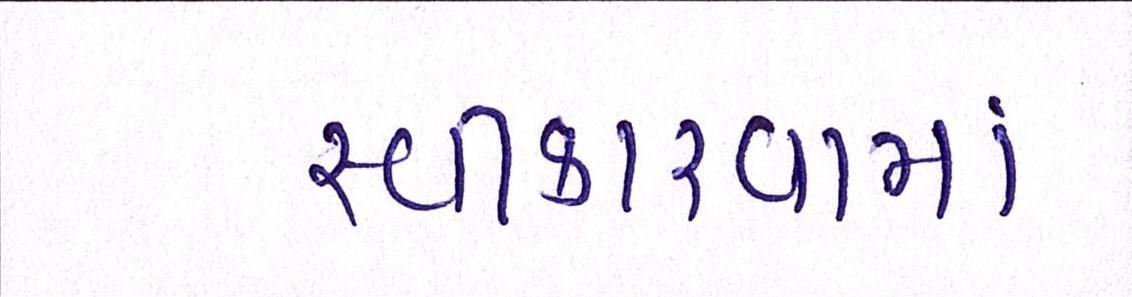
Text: સ્વીકારવામાં